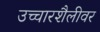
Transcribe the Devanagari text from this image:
उच्चारशैलीवर